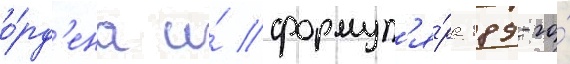
о́рд'ена и́ формул'я́ра 189-го́